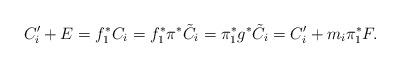
LaTeX: \begin{align*}C_i^{\prime}+E=f^{\ast}_1C_i=f_1^{\ast}\pi^{\ast}\tilde{C}_i=\pi_1^{\ast}g^{\ast}\tilde{C}_i=C_i^{\prime}+m_i\pi_1^{\ast}F.\end{align*}